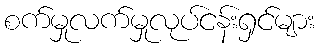
စက်မှုလက်မှုလုပ်ငန်းရှင်များ